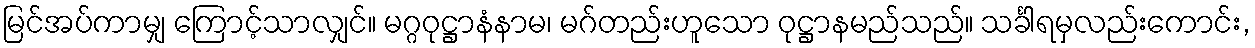
မြင်အပ်ကာမျှ ကြောင့်သာလျှင်။ မဂ္ဂဝုဋ္ဌာနံနာမ၊ မဂ်တည်းဟူသော ဝုဋ္ဌာနမည်သည်။ သင်္ခါရမှလည်းကောင်း,